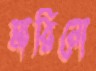
মারিনো